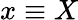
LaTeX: x\equiv X